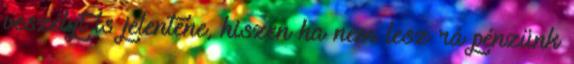
veszélyt is jelentene, hiszen ha nem lesz rá pénzünk